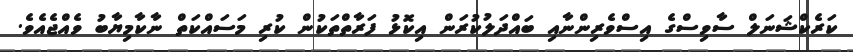
ކަރެކްޝަނަލް ސާވިސްގެ އިސްވެރިންނާއި ބައްދަލުކުރަން އިިކޮޅު ފަރާތްތަކުން ކުރި މަސައްކަތް ނާކާމިޔާބު ވެއްޖެއެވެ.